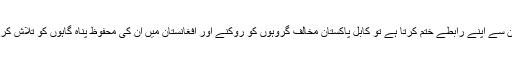
اگر اسلام آباد افغان طالبان سے اپنے رابطے ختم کرتا ہے تو کابل پاکستان مخالف گروہوں کو روکنے اور افغانستان میں اُن کی محفوظ پناہ گاہوں کو تلاش کرنے کی کوشش کرے گا۔